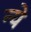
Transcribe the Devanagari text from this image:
न्‍ये